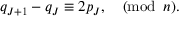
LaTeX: q _ { J + 1 } - q _ { J } \equiv 2 p _ { J } , \quad ( \mathrm { m o d } \, \, \, n ) .